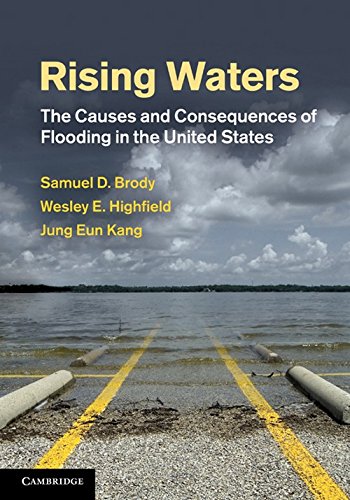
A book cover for Rising Waters: The Causes and Consequences of Flooding in the United States; Samuel D. Brody; Science & Math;